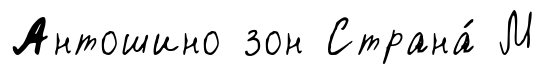
Антошино зон Страна́ М